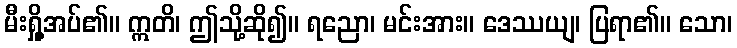
မီးရှို့အပ်၏။ ဣတိ၊ ဤသို့ဆို၍။ ရညော၊ မင်းအား။ ဒေဿယျ၊ ပြရာ၏။ သော၊